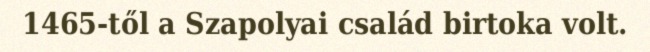
1465-től a Szapolyai család birtoka volt.